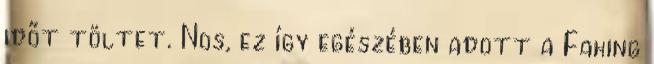
időt töltet. Nos, ez így egészében adott a Faking